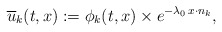
\begin{align*}\overline{u}_k (t,x):= \phi_k (t,x) \times e^{-\lambda_0 \, x \cdot n_k},\end{align*}